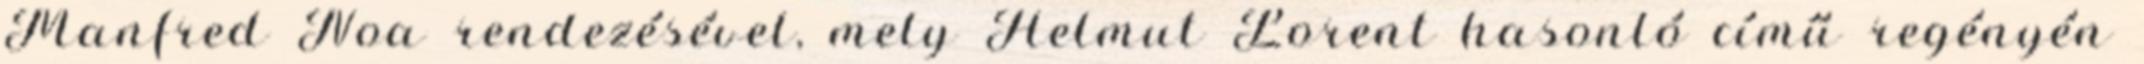
Manfred Noa rendezésével, mely Helmut Lorent hasonló című regényén